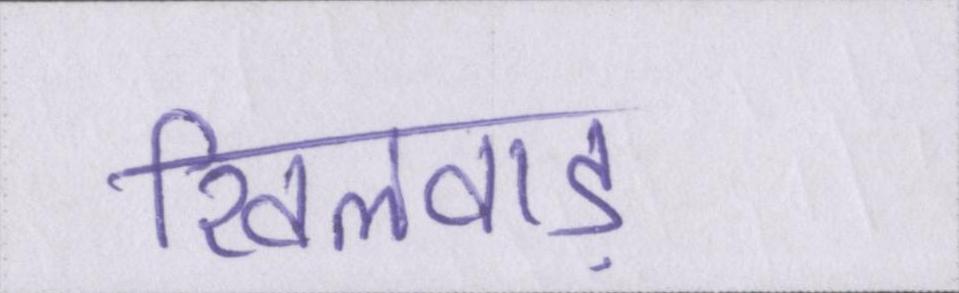
खिलवाड़